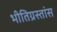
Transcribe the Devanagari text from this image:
भीतिग्रस्तांस